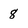
Character: 8